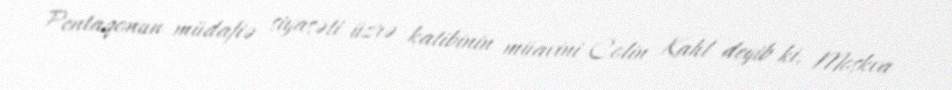
Pentaqonun müdafiə siyasəti üzrə katibinin müavini Colin Kahl deyib ki, Moskva